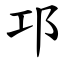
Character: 邛